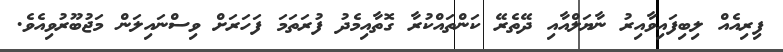
ފިރިއެއް ލިބިފައިވާއިރު ނާޔަލްއާއި ދޭތެރޭ ކަންތައްކުރާ ގޮތާއިމެދު ފުރަތަމަ ފަހަރަށް ވިސްނައިލަން މަޖުބޫރުވިއެވެ.